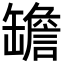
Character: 𦉜